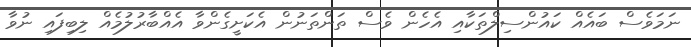
ނަމަވެސް ބައެއް ކައުންސިލްތަކާއި އެހެން ވެސް ތަންތަނުން އެކަށީގެންވާ އެއްބާރުލުމެއް ލިބިފައި ނުވާ